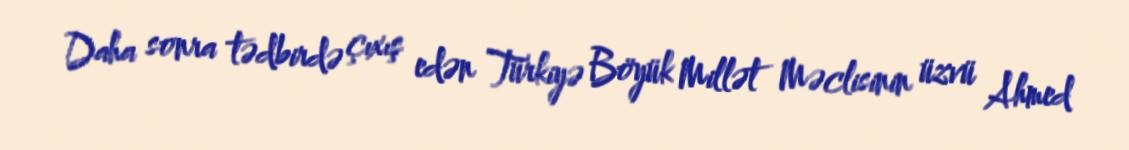
Daha sonra tədbirdə çıxış edən Türkiyə Böyük Millət Məclisinin üzvü Ahmed